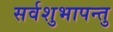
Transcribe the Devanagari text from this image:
सर्वशुभापन्तु